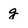
Character: g